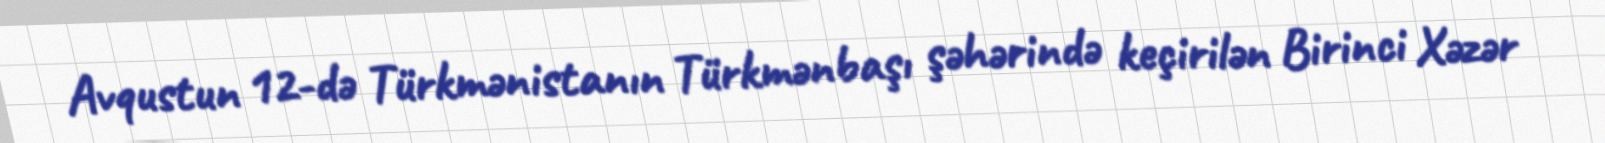
Avqustun 12-də Türkmənistanın Türkmənbaşı şəhərində keçirilən Birinci Xəzər